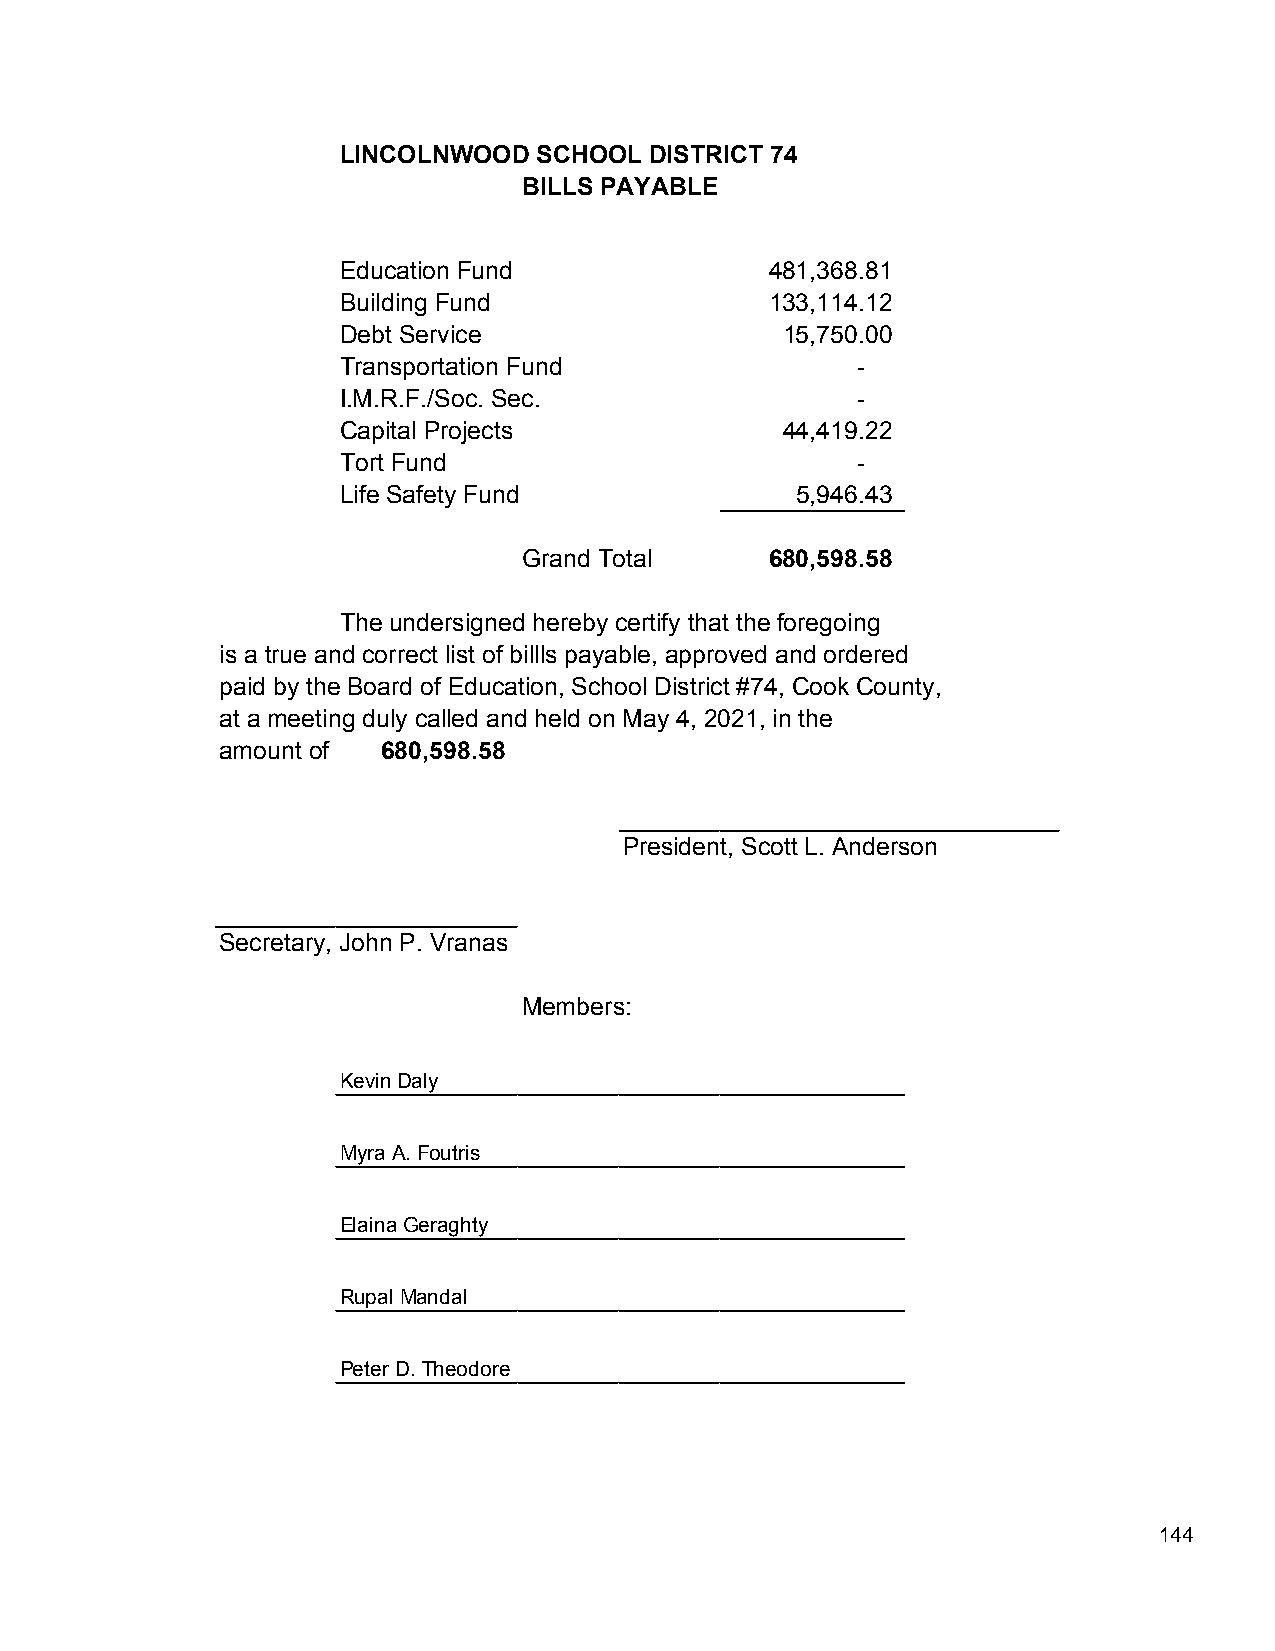
LINCOLNWOOD   SCHOOL DISTRICT 74
 BILLS PAYABLE
 Education Fund               481,368.81
 Building Fund                133,114.12
 Debt Service                  15,750.00
 Transportation Fund                -
 I.M.R.F./Soc. Sec.                 -
 Capital Projects              44,419.22
 Tort Fund                          -
 Life Safety Fund               5,946.43
 Grand Total     680,598.58
 The undersigned hereby certify that the foregoing
 is a true and correct list of billls payable, approved and ordered
 paid by the Board of Education, School District #74, Cook County,
 at a meeting duly called and held on May 4, 2021, in the
 amount of 680,598.58
 President, Scott L. Anderson
 Secretary, John P. Vranas
 Members:
 Kevin Daly
 Myra A. Foutris
 Elaina Geraghty
 Rupal Mandal
 Peter D. Theodore
 144